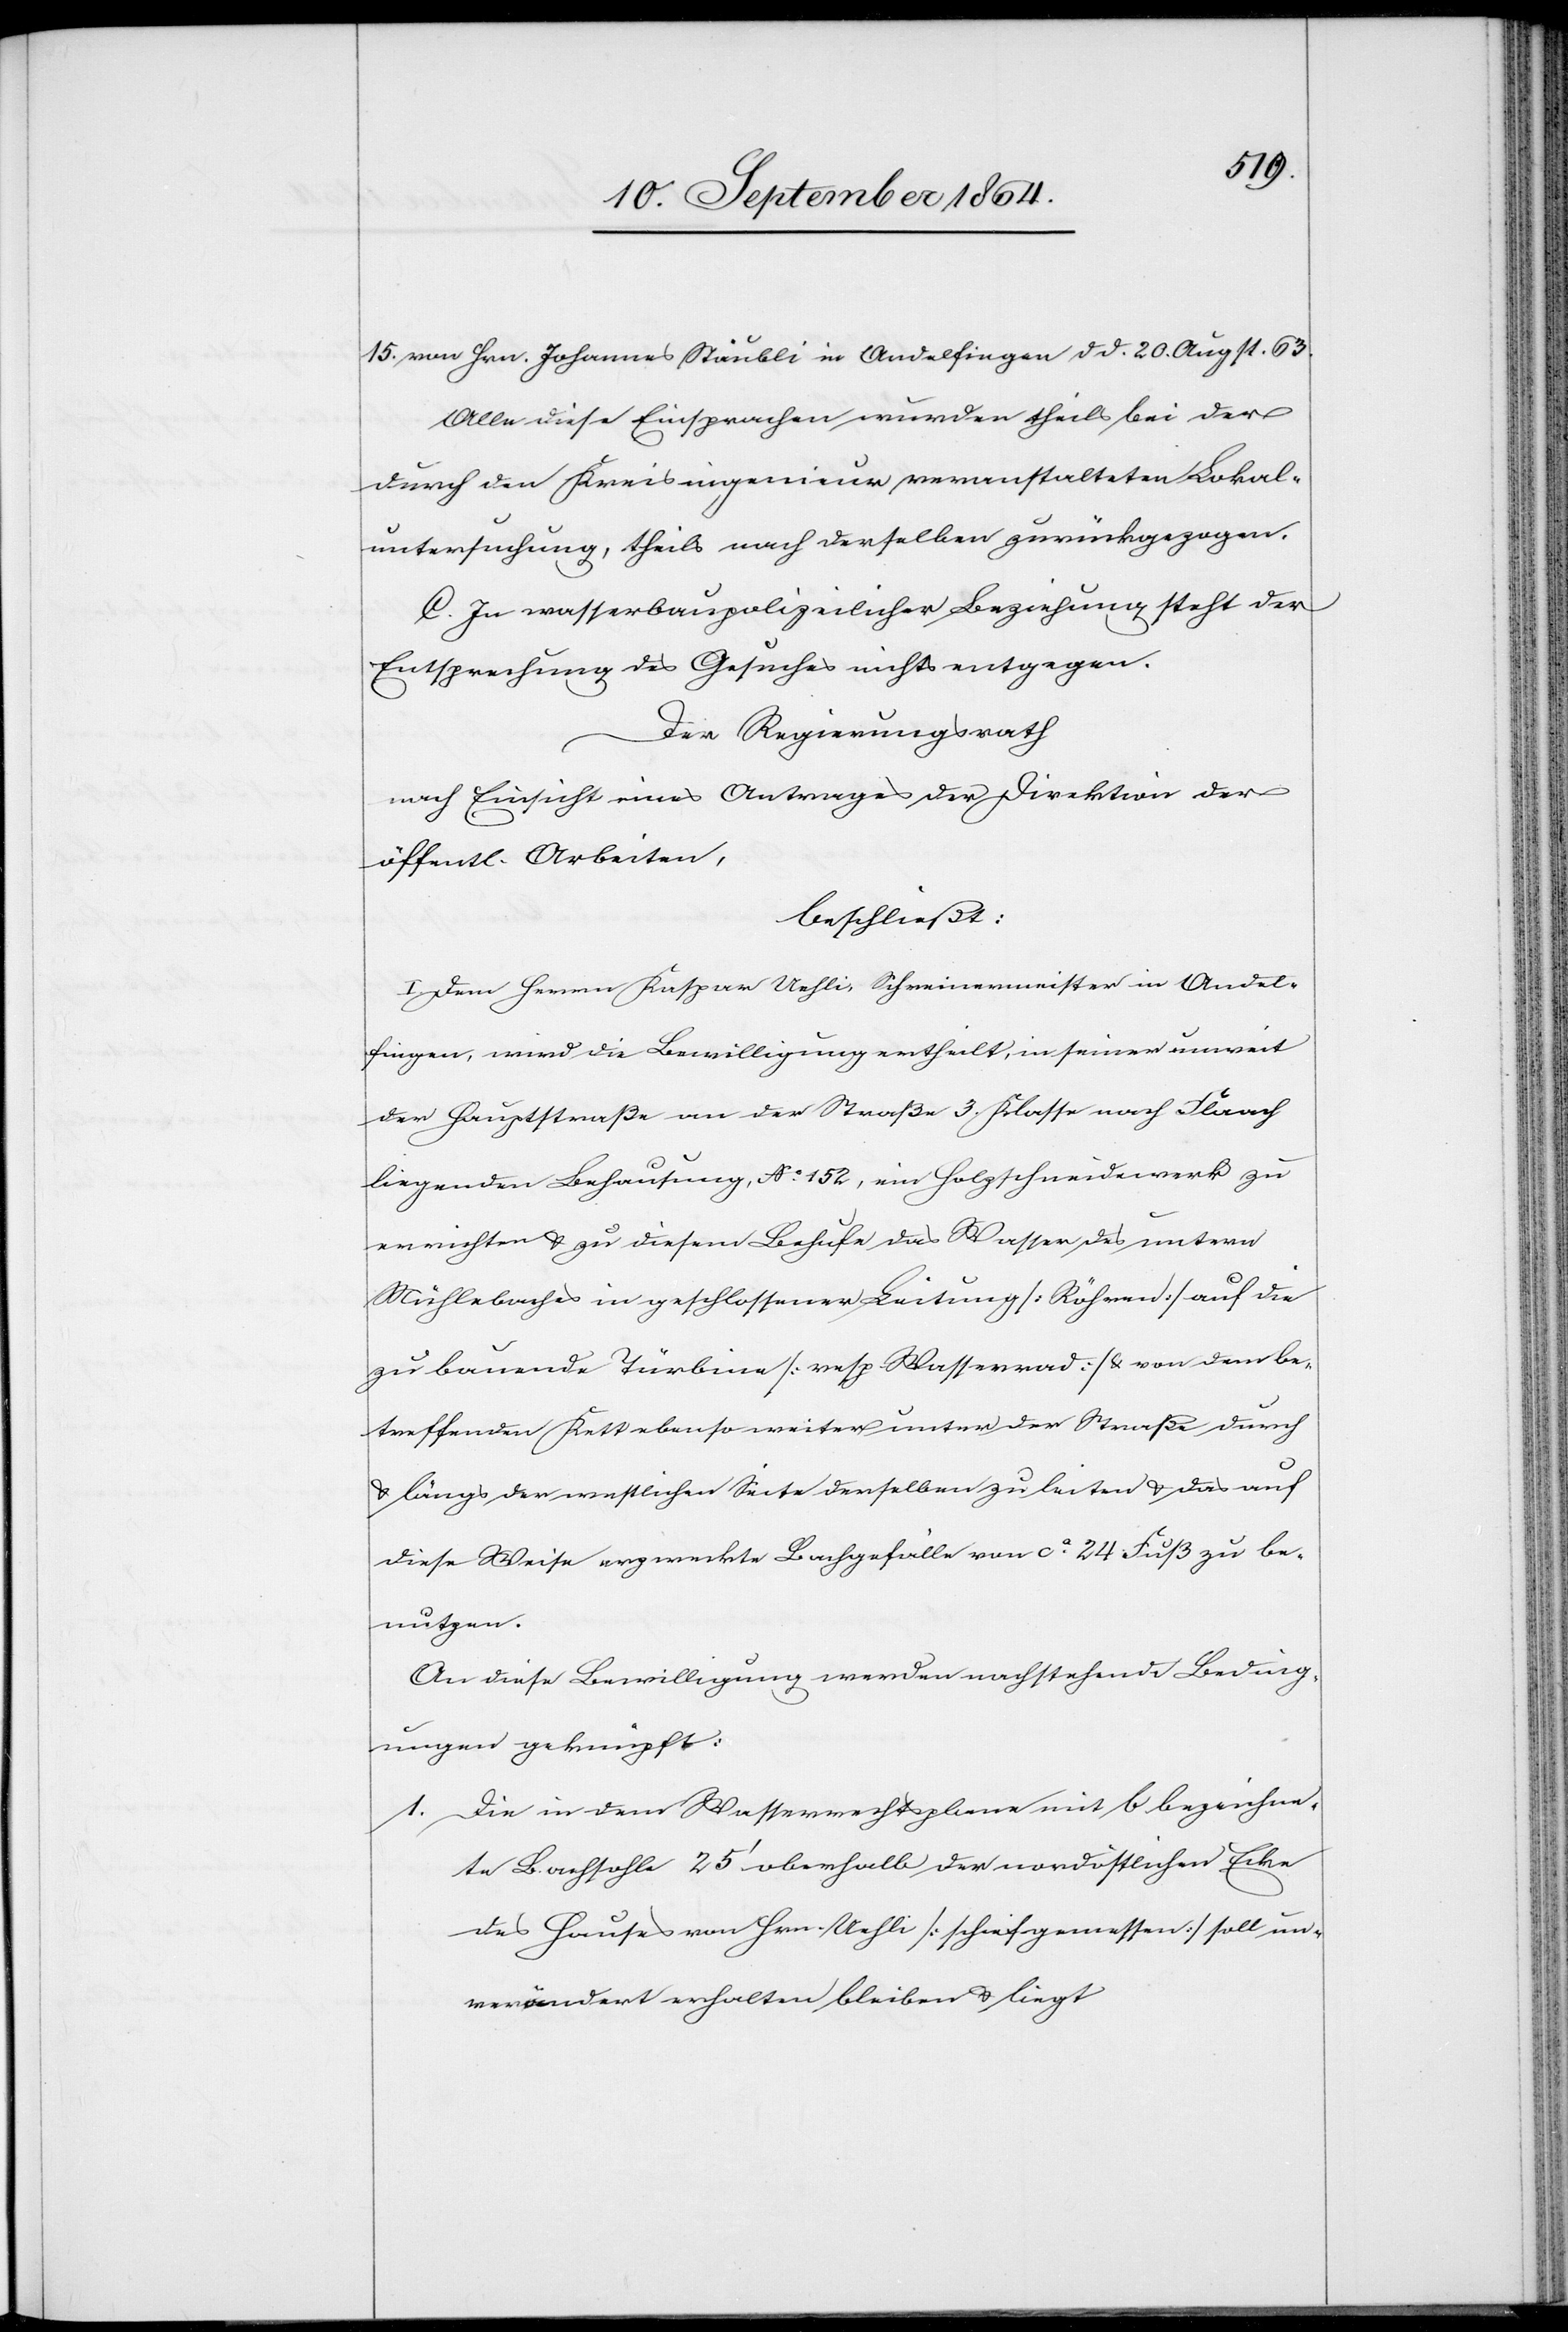
Alle diese Einsprachen wurden theils bei der
durch den Kreisingenieur veranstalteten Lokal¬
untersuchung, theils nach derselben zurückgezogen.
C. In wasserbaupolizeilicher Beziehung steht der
Entsprechung des Gesuches nichts entgegen.
Der Regierungsrath
nach Einsicht eines Antrages der Direktion der
öffentl. Arbeiten,
beschließt:
I. Dem Herrn Kaspar Uehli, Schreinermeister in Andel¬
fingen, wird die Bewilligung ertheilt, in seiner unweit
der Hauptstrasse an der Straße 3. Klasse nach Flaach
liegenden Behausung, No. 152, ein Holzschneidewerk zu
errichten & zu diesem Behufe das Wasser des untern
Mühlebaches in geschlossener Leitung [Röhren] auf die
zu bauende Türbine [resp. Wasserrad] & von dem be¬
treffenden Kett ebenso weiter unter der Straße durch
& längs der westlichen Seite derselben zu leiten & das auf
diese Weise erzweckte Bachgefälle von ca. 24 Fuß zu be¬
nutzen.
An diese Bewilligung werden nachstehende Beding¬
ungen geknüpft:
1.	Die in dem Wasserrechtsplane mit b bezeichne¬
20.
te Bachsohle 25’ oberhalb der nordöstlichen Ecke
des Hauses von Hrn. Uehli [schief gemessen] soll un¬
verändert erhalten bleiben & liegt